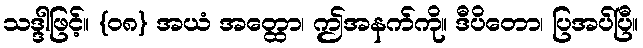
သဒ္ဒါဖြင့်။ {၀၈} အယံ အတ္ထော၊ ဤအနက်ကို။ ဒီပိတော၊ ပြအပ်ပြီ။